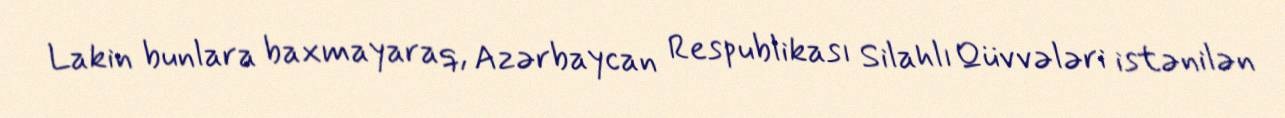
Lakin bunlara baxmayaraq, Azərbaycan Respublikası Silahlı Qüvvələri istənilən